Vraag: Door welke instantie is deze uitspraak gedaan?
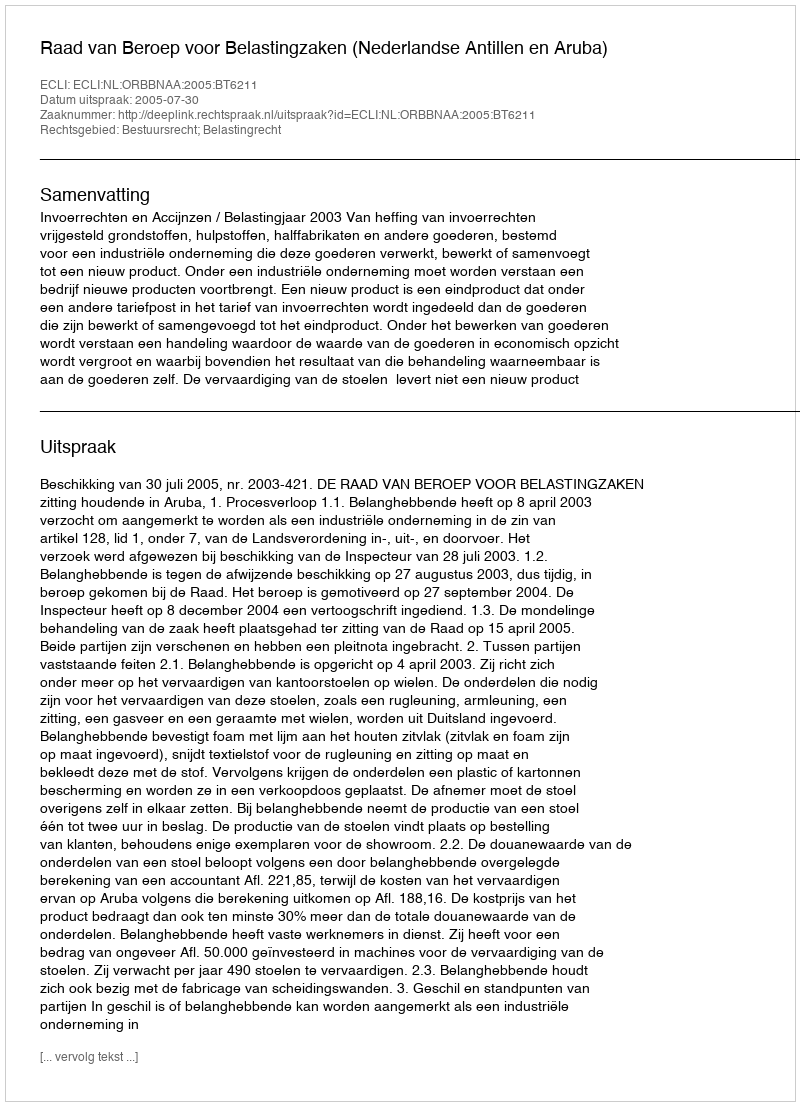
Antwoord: Raad van Beroep voor Belastingzaken (Nederlandse Antillen en Aruba)